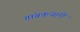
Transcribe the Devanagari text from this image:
गांवकऱ्यांनी